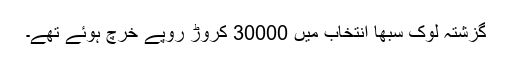
گزشتہ لوک سبھا انتخاب میں 30000 کروڑ روپے خرچ ہوئے تھے۔